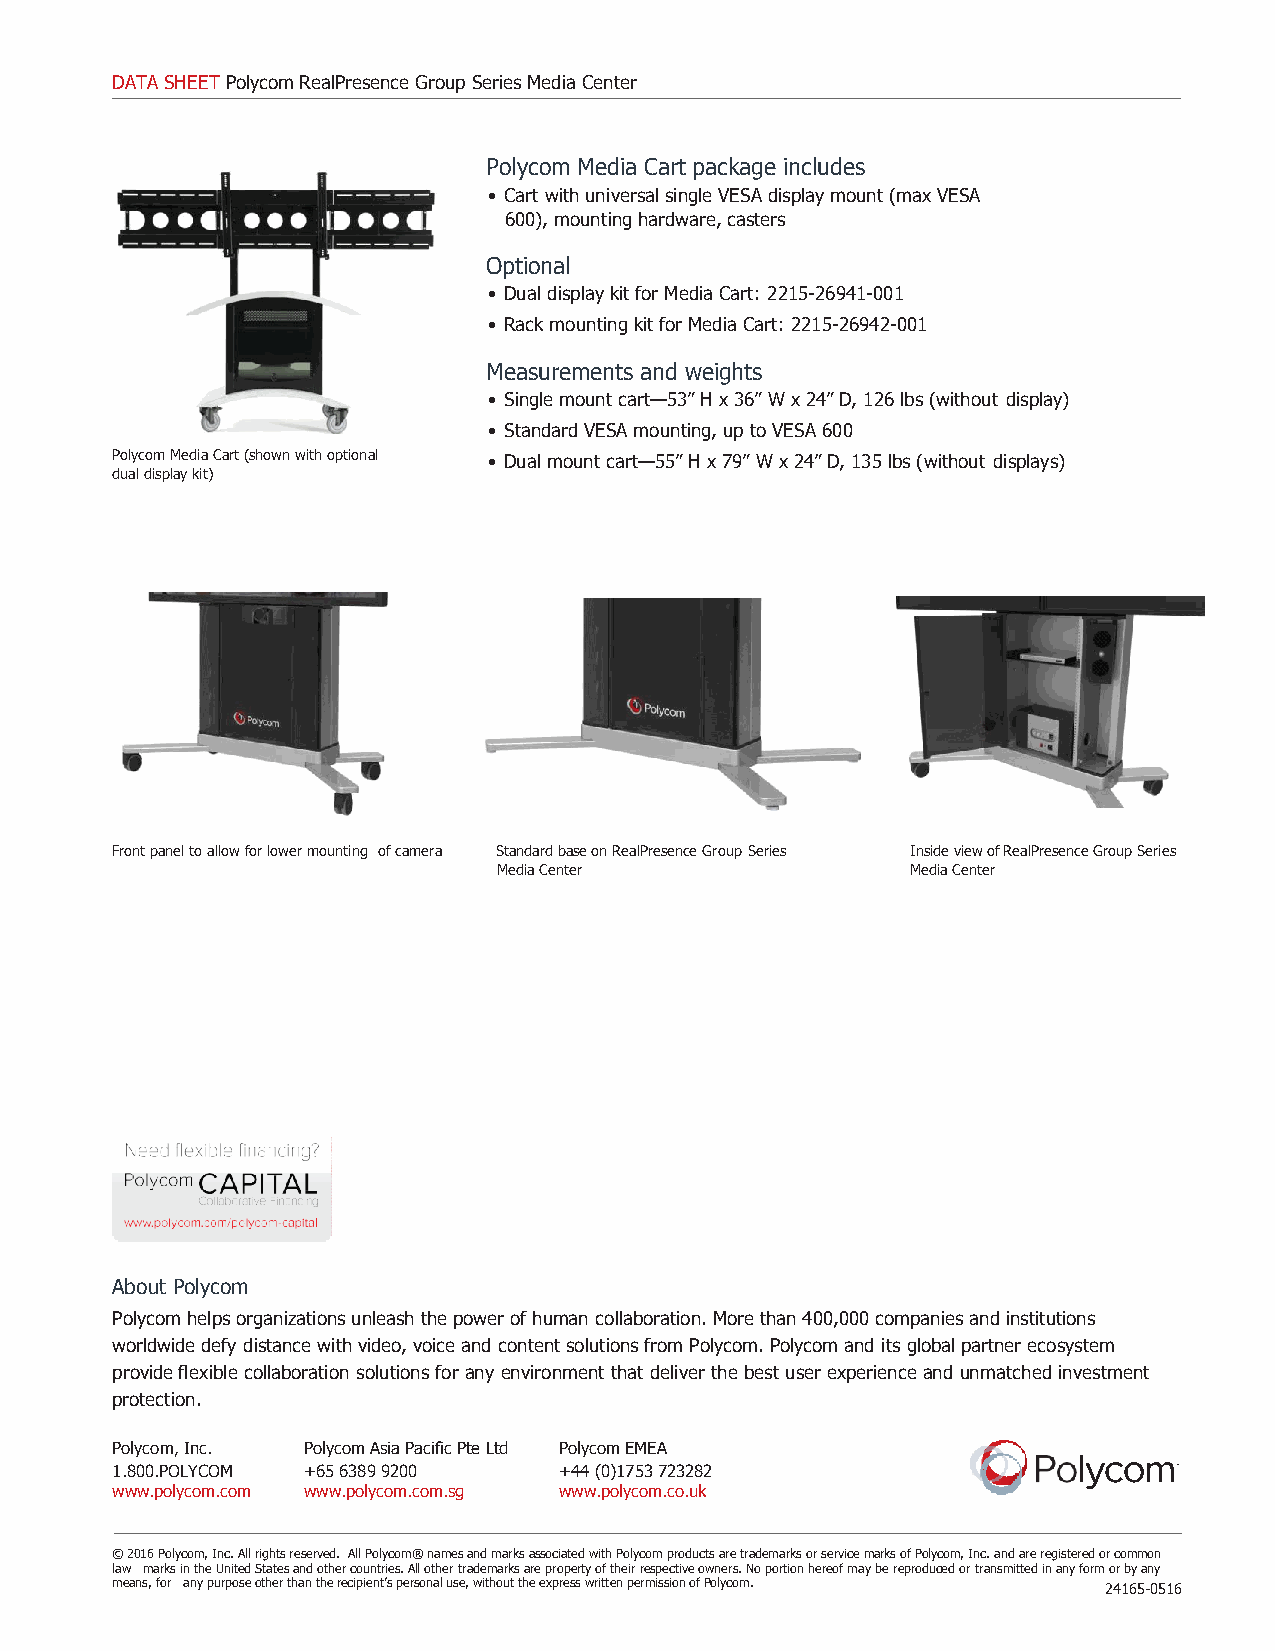
DATA SHEET Polycom RealPresence Group Series Media Center
 Polycom Media Cart package includes
 • Cart with universal single VESA display mount (max VESA
 600), mounting hardware, casters
 Optional
 • Dual display kit for Media Cart: 2215-26941-001
 • Rack mounting kit for Media Cart: 2215-26942-001
 Measurements and weights
 • Single mount cart—53” H x 36” W x 24” D, 126 lbs (without display)
 • Standard VESA mounting, up to VESA 600
 Polycom Media Cart (shown with optional • Dual mount cart—55” H x 79” W x 24” D, 135 lbs (without displays)
 dual display kit)
 Front panel to allow for lower mounting of camera Standard base on RealPresence Group Series Inside view of RealPresence Group Series
 Media Center               Media Center
 About Polycom
 Polycom helps organizations unleash the power of human collaboration. More than 400,000 companies and institutions
 worldwide defy distance with video, voice and content solutions from Polycom. Polycom and its global partner ecosystem
 provide flexible collaboration solutions for any environment that deliver the best user experience and unmatched investment
 protection.
 Polycom, Inc. Polycom Asia Pacific Pte Ltd Polycom EMEA
 1.800.POLYCOM +65 6389 9200   +44 (0)1753 723282
 www.polycom.com www.polycom.com.sg www.polycom.co.uk
 © 2016 Polycom, Inc. All rights reserved. All Polycom® names and marks associated with Polycom products are trademarks or service marks of Polycom, Inc. and are registered or common
 law marks in the United States and other countries. All other trademarks are property of their respective owners. No portion hereof may be reproduced or transmitted in any form or by any
 means, for any purpose other than the recipient’s personal use, without the express written permission of Polycom. 24165-0516